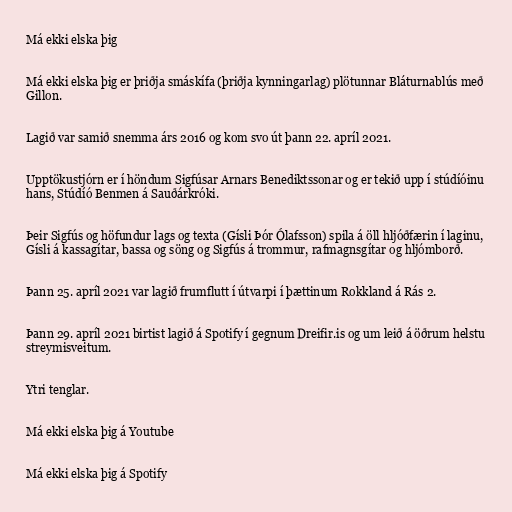
Má ekki elska þig

Má ekki elska þig er þriðja smáskífa (þriðja kynningarlag) plötunnar Bláturnablús með
Gillon.

Lagið var samið snemma árs 2016 og kom svo út þann 22. apríl 2021.

Upptökustjórn er í höndum Sigfúsar Arnars Benediktssonar og er tekið upp í stúdíóinu
hans, Stúdíó Benmen á Sauðárkróki.

Þeir Sigfús og höfundur lags og texta (Gísli Þór Ólafsson) spila á öll hljóðfærin í laginu,
Gísli á kassagítar, bassa og söng og Sigfús á trommur, rafmagnsgítar og hljómborð.

Þann 25. apríl 2021 var lagið frumflutt í útvarpi í þættinum Rokkland á Rás 2.

Þann 29. apríl 2021 birtist lagið á Spotify í gegnum Dreifir.is og um leið á öðrum helstu
streymisveitum.

Ytri tenglar.

Má ekki elska þig á Youtube

Má ekki elska þig á Spotify